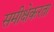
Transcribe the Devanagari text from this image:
समीक्षेकरता